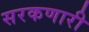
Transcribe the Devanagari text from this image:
सरकणारी